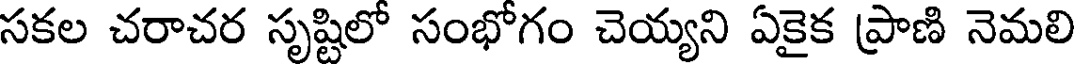
సకల చరాచర సృష్టిలో సంభోగం చెయ్యని ఏకైక ప్రాణి నెమలి